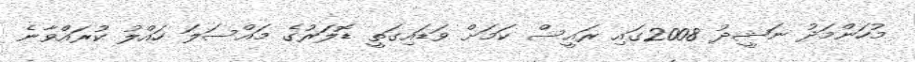
މުހަންމަދު ނަޝީދު 2008ގައި ރައީސް ކަމަށް ވަޑައިގަތީ ޑޮލަރުގެ މައްސަލަ ހައްލު ކުރައްވާނެ